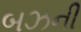
બઝની